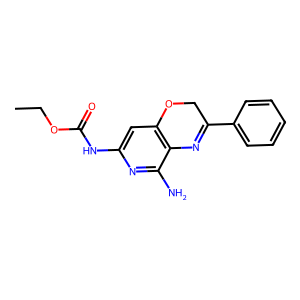
SMILES: CCOC(=O)Nc1cc2c(c(N)n1)N=C(c1ccccc1)CO2
Inhibits HIV replication: No